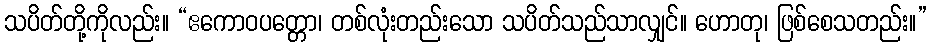
သပိတ်တို့ကိုလည်း။ “ဧကောဝပတ္တော၊ တစ်လုံးတည်းသော သပိတ်သည်သာလျှင်။ ဟောတု၊ ဖြစ်စေသတည်း။”